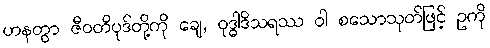
ဟနတွာ ဇီဝတိပုဒ်တို့ကို ချေ, ဝုဒ္ဓါဒိသရဿ ဝါ စသောသုတ်ဖြင့် ဥကို